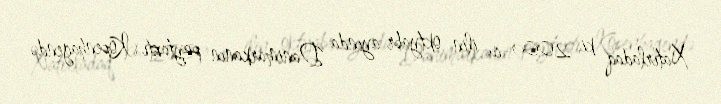
Xatırladaq ki, 2009-cu ilin oktyabr ayında Danimarkanın paytaxtı Kopenhagendə